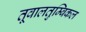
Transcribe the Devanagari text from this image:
तूवालतुम्बिकल